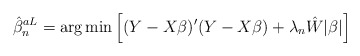
\begin{align*}\hat{\beta}_n^{aL} = \mbox{arg}\min\left[(Y-X\beta)'(Y-X\beta) + \lambda_n \hat{W}|\beta|\right]\end{align*}